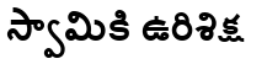
స్వామికి ఉరిశిక్ష